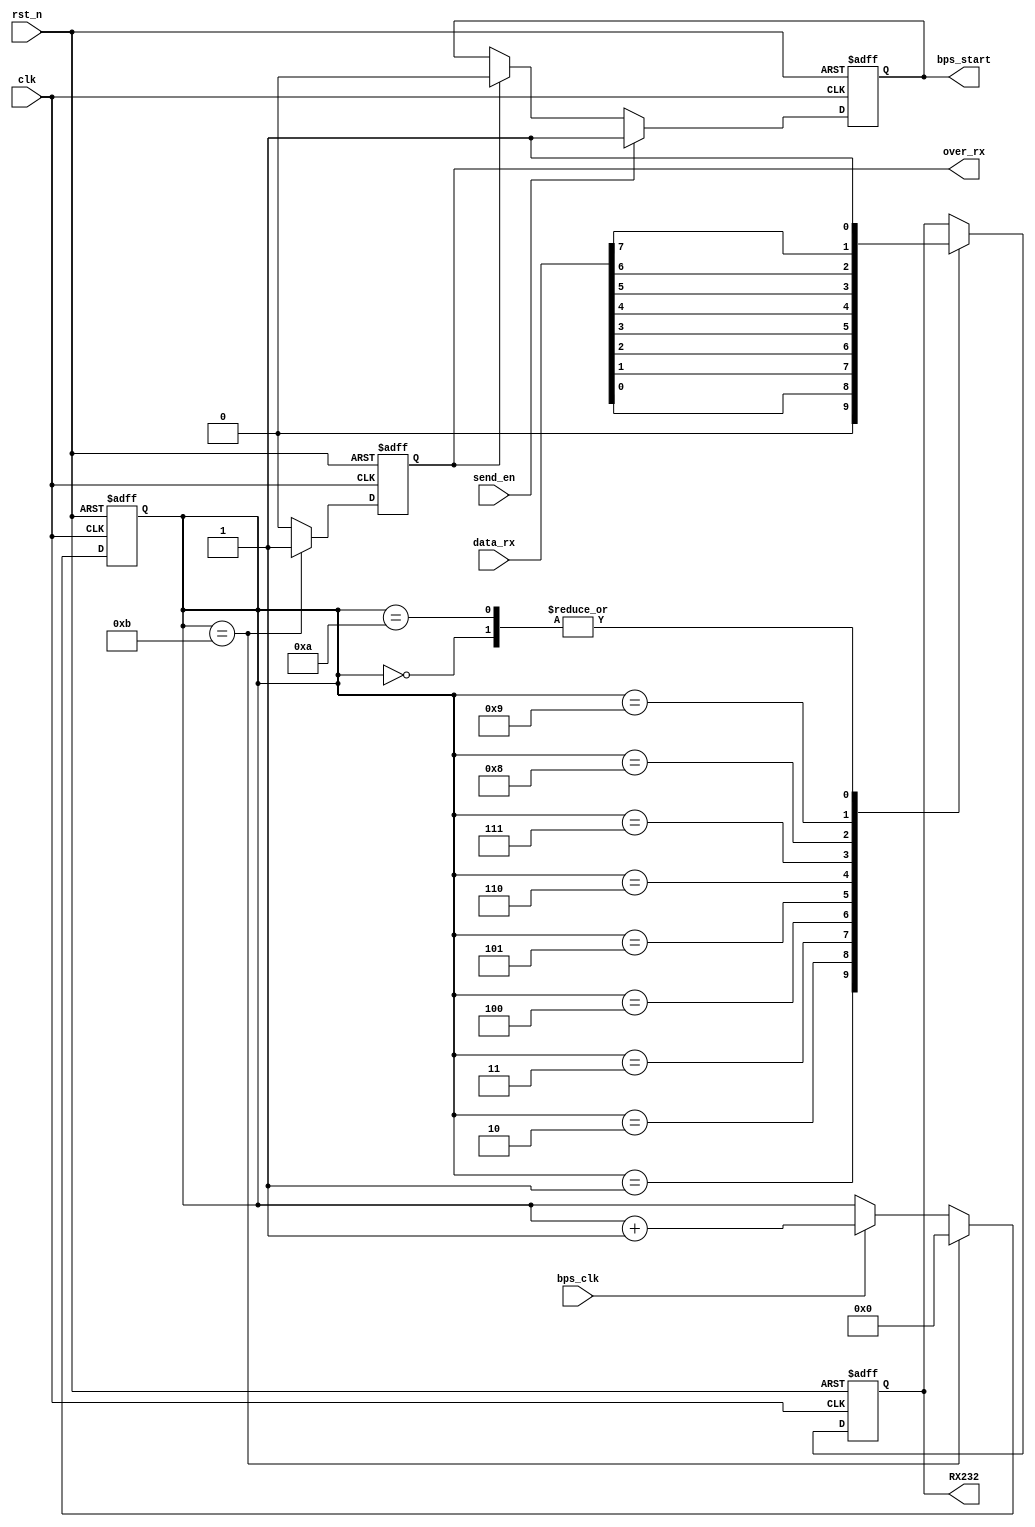
module uart_tx(	
	input clk,
	input bps_clk,
	input send_en,
	input rst_n,
	input[7:0]data_rx,
	
	output reg RX232,
	output reg over_rx,     //
	output reg bps_start
    );
	reg [3:0]cnt;   //
	always@(posedge clk or negedge rst_n)  //
	begin
	 if(!rst_n)
	  cnt<=1'b0;
	 else if(cnt==4'd11)
	  cnt<=4'd0;
	 else if(bps_clk)
	  cnt<=cnt+1'b1;
	 else cnt<=cnt;
	end 
	
	always@(posedge clk or negedge rst_n)
	begin
	 if(!rst_n)
	  over_rx<=1'b0;
	 else if(cnt==4'd11)
	  over_rx<=1'b1;
	 else over_rx<=1'b0;
	end
    
	always@(posedge clk or negedge rst_n)
	begin
	if(!rst_n)
		bps_start<=1'b0;
	else if(send_en)
		bps_start<=1'b1;
	else if(over_rx)
		bps_start<=1'b0;
	else bps_start<=bps_start;
	end
	
	always@(posedge clk or negedge rst_n)
	begin
	if(!rst_n)
		RX232<=1'b1;
	else 
	    begin
		case(cnt)
		0: RX232<=1'b1;
		1: RX232<=1'b0;
		2: RX232<=data_rx[0];
		3: RX232<=data_rx[1];
		4: RX232<=data_rx[2];
		5: RX232<=data_rx[3];
		6: RX232<=data_rx[4];
		7: RX232<=data_rx[5];
		8: RX232<=data_rx[6];
		9: RX232<=data_rx[7];
		10:RX232<=1'b1;
		endcase
		end
	end
endmodule